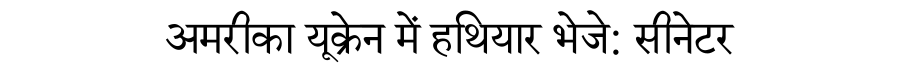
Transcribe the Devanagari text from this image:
अमरीका यूक्रेन में हथियार भेजे: सीनेटर